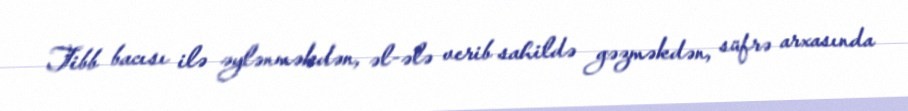
Tibb bacısı ilə əylənməkdən, əl-ələ verib sahildə gəzməkdən, süfrə arxasında